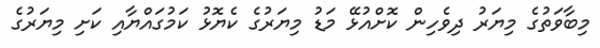
މިބާވަތުގެ މިޔަރު ދިވެހިން ކޮށްއުޅޭ މަޑު މިޔަރުގެ ކެޔޮޅު ކަމުގައްޔާއި ކަށި މިޔަރުގެ